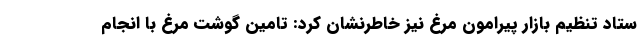
ستاد تنظیم بازار پیرامون مرغ نیز خاطرنشان کرد: تامین گوشت مرغ با انجام